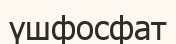
үшфосфат